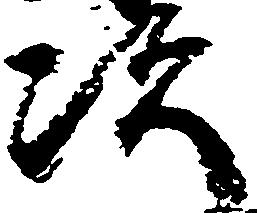
次